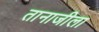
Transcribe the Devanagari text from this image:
तानाजीला